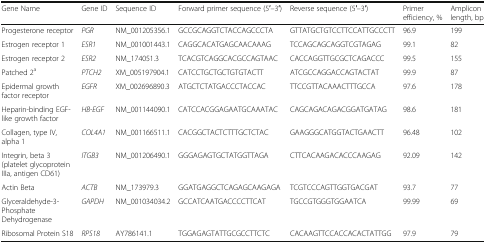
<table><thead><tr><td><b>Gene Name</b></td><td><b>Gene ID</b></td><td><b>Sequence ID</b></td><td><b>Forward primer sequence (5′–3′)</b></td><td><b>Reverse sequence (5′–3′)</b></td><td><b>Primer efficiency, %</b></td><td><b>Amplicon length, bp</b></td></tr></thead><tbody><tr><td>Progesterone receptor</td><td><i>PGR</i></td><td>NM_001205356.1</td><td>GCCGCAGGTCTACCAGCCCTA</td><td>GTTATGCTGTCCTTCCATTGCCCTT</td><td>96.9</td><td>199</td></tr><tr><td>Estrogen receptor 1</td><td><i>ESR1</i></td><td>NM_001001443.1</td><td>CAGGCACATGAGCAACAAAG</td><td>TCCAGCAGCAGGTCGTAGAG</td><td>99.1</td><td>82</td></tr><tr><td>Estrogen receptor 2</td><td><i>ESR2</i></td><td>NM_174051.3</td><td>TCACGTCAGGCACGCCAGTAAC</td><td>CACCAGGTTGCGCTCAGACCC</td><td>99.5</td><td>155</td></tr><tr><td>Patched 2<sup>a</sup></td><td><i>PTCH2</i></td><td>XM_005197904.1</td><td>CATCCTGCTGCTGTGTACTT</td><td>ATCGCCAGGACCAGTACTAT</td><td>99.9</td><td>87</td></tr><tr><td>Epidermal growth factor receptor</td><td><i>EGFR</i></td><td>XM_002696890.3</td><td>ATGCTCTATGACCCTACCAC</td><td>TTCCGTTACAAACTTTGCCA</td><td>97.6</td><td>178</td></tr><tr><td>Heparin-binding EGF-like growth factor</td><td><i>HB-EGF</i></td><td>NM_001144090.1</td><td>CATCCACGGAGAATGCAAATAC</td><td>CAGCAGACAGACGGATGATAG</td><td>98.6</td><td>181</td></tr><tr><td>Collagen, type IV, alpha 1</td><td><i>COL4A1</i></td><td>NM_001166511.1</td><td>CACGGCTACTCTTTGCTCTAC</td><td>GAAGGGCATGGTACTGAACTT</td><td>96.48</td><td>102</td></tr><tr><td>Integrin, beta 3 (platelet glycoprotein IIIa, antigen CD61)</td><td><i>ITGB3</i></td><td>NM_001206490.1</td><td>GGGAGAGTGCTATGGTTAGA</td><td>CTTCACAAGACACCCAAGAG</td><td>92.09</td><td>142</td></tr><tr><td>Actin Beta</td><td><i>ACTB</i></td><td>NM_173979.3</td><td>GGATGAGGCTCAGAGCAAGAGA</td><td>TCGTCCCAGTTGGTGACGAT</td><td>93.7</td><td>77</td></tr><tr><td>Glyceraldehyde-3-Phosphate Dehydrogenase</td><td><i>GAPDH</i></td><td>NM_001034034.2</td><td>GCCATCAATGACCCCTTCAT</td><td>TGCCGTGGGTGGAATCA</td><td>99.99</td><td>69</td></tr><tr><td>Ribosomal Protein S18</td><td><i>RPS18</i></td><td>AY786141.1</td><td>TGGAGAGTATTGCGCCTTCTC</td><td>CACAAGTTCCACCACACTATTGG</td><td>97.9</td><td>79</td></tr></tbody></table>